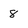
Character: 8